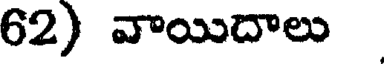
62) వాయిదాలు